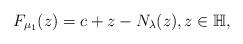
LaTeX: \begin{align*}F_{\mu_{1}}(z)=c+z-N_{\lambda}(z),z\in\mathbb{H},\end{align*}